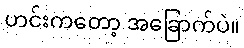
ဟင်းကတော့ အခြောက်ပဲ။